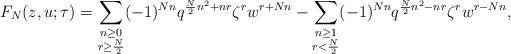
LaTeX: \begin{align*}F_N(z,u;\tau)=\sum_{\substack{n\geq0\\ r\geq\frac N2}}(-1)^{Nn}q^{\frac N2n^2+nr}\zeta^rw^{r+Nn}-\sum_{\substack{n\geq1\\ r<\frac N2}}(-1)^{Nn}q^{\frac N2n^2-nr}\zeta^rw^{r-Nn},\end{align*}